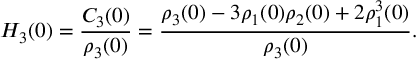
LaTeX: H _ { 3 } ( 0 ) = \frac { C _ { 3 } ( 0 ) } { \rho _ { 3 } ( 0 ) } = \frac { \rho _ { 3 } ( 0 ) - 3 \rho _ { 1 } ( 0 ) \rho _ { 2 } ( 0 ) + 2 \rho _ { 1 } ^ { 3 } ( 0 ) } { \rho _ { 3 } ( 0 ) } .